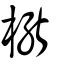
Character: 𣚕